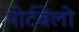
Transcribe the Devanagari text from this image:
पोर्टबेलो